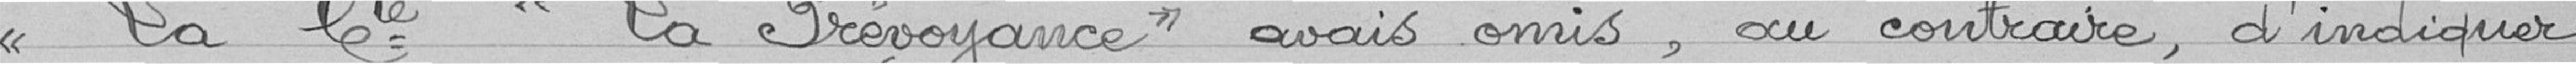
"La compagnie "la Prévoyance" avait omis, au contraire, d'indiquer